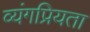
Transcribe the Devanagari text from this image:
व्यंगप्रियता